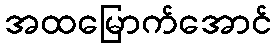
အထမြောက်အောင်